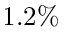
1 . 2 \%